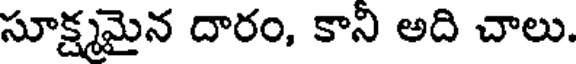
సూక్ష్మమైన దారం, కాని అది చాలు.